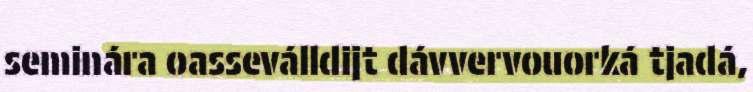
seminára oasseválldijt dávvervouorká tjadá,